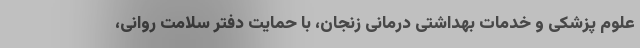
علوم پزشکی و خدمات بهداشتی درمانی زنجان، با حمایت دفتر سلامت روانی،